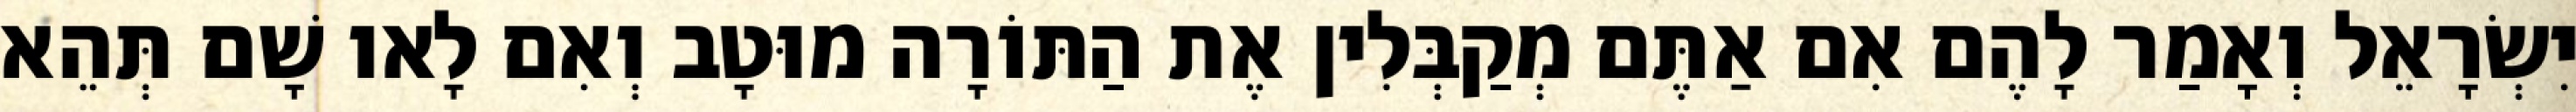
יִשְׂרָאֵל וְאָמַר לָהֶם אִם אַתֶּם מְקַבְּלִין אֶת הַתּוֹרָה מוּטָב וְאִם לָאו שָׁם תְּהֵא